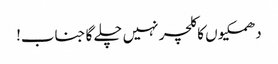
دھمکیوں کا کلچر نہیں چلے گا جناب!